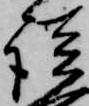
談